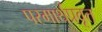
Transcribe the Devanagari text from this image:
परमार्थप्रवृत्त